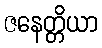
ဇနေတ္တိယာ